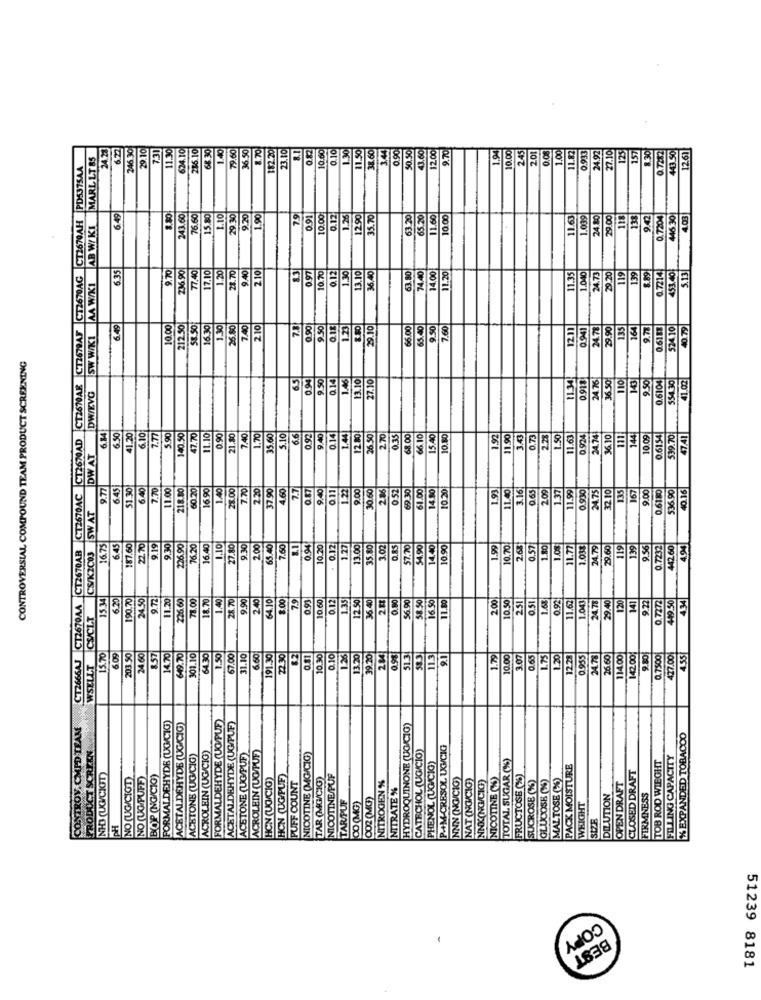
24.23
6.22
246 30
29.10
731
11.30
236.10
68 30
1.40
79.60
36.50
1.70
182.20
23.10
8.1
10.60
1.30
11.50
38.60
3.44
0.90
50.50
43.60
12.00
9.70
1.00
125
157
12.61
MARL LT 85
624.10
0.82
0.10
1.94
10.00
2.45
201
0.933
24 92
27.10
0.7212
443.50
CT2670AA_CT2670AB CT2670AC CT2670AD CT2670AE C12679AF C12670AG CT2670AH PD5375AA
6.49
243.60
6.60|
15.80
1.10
9.20
1.90
79
0.91
10.00
0.12
1.26
12.90
35.70
63.20
65.20
11.60
10.00
11.63
1.039
24.80
29.00
118
138
9.42
.7204
446 30
4.03
AA W/KI AB W/KI
6.35
9.70
236 90
77.40
7.10
1.20
9.40
2.10|
0.97
10.70
1.30
3.10
63.80
74.40
14.00
11.20
11.35
24.73
29.20
119
139
0.7214
453.40
5.13
0.12
36.40
1.040
8.89
6.49
0.00
212.50
58.50
6.30
1.30
26.80
7.40
210
7.3
0.90
9.50
0.18
1.23
29.10
$6.00
55.40
9.50
7.60
1211
0.941
24.78
9.90
135
164
9.78
0.6183
524.10
40.79
SW W/KI
CONTROVERSIAL COMPOUND TEAM PRODUCT SCREENING
65
0.94
9.50
Q.14
1.46
3.10
7.10
1.34
24 76
110
9.50
.6104
554.30
1.02
0.911
DW/EVG
6.14
6.50
6.10
7.40
12.80
41.20
7.77
5.90
40.50
47.70
11.10
0.90
21.80
1.70
35.60
5.10
6.6
0.92
9.40
0.14
1.44
26.50
2.70
0.35
68.00
66.10
15.40
10.80
1.92
11.90
3.43
0.73
2.28
1.50
1.63
0.924
34.74
36.10
111
144
10.09
0.6154
539.70
4741
DWAT
6.45
1.30
6.40
7.70
11.00
218.80
60.20
16 90
1.40
28.00
7.70
2.20
37.90
4.60
7.7
0.87
9:40
0.11
1.22
9.00
2.86
0.52
61.00
14.80
10.20
1.93
11.40
3.16
0.65
1.37
1.99
24.75
135
167
9.00
536 90
40.16
30.60
0.93
32 10
0.6180
CS/KIC03 SWAT
9.19
9.30
16.75
6.45
87.60
22.70
226.90
76.20
16.40
1.10
27.80
9.30
2.00
65.40
7.60
0.94
10.20
. 0.12
1.27
3.00
35.80
3.02
0.85
57.70
34,90
14.40
0.90
1.99
10.70
2.68
0.57
1.80
1.08
1.77
.03$
24.79
29.60
119
139
9.56
.7232
442.60
194
15.34
6.20
90.70
24.50
11.20
226.60
71.00
18.70
1.40
9.90
2.40
64.10
:00
7.9
0.93
10.60
0.12
1.35
12 50
2 88
0.80
56.90
58 50
16.50
11.80
2.00
10.50
2.51
0.51
1.68
0.92
1.62
1.043
24.78
29.40
120
141
0.7272
449.50
434
28.70
36 40
9:22
CS/CLT
CT2666AJ
15.70
6.09
203 50
24.60
857
14.70
$9.70
01.10
64.30
1.50
$7.00
31.10
6.60
191.30
22.30
82
0.81
10.30
0.10
1.26
13.20
9.20
2.84
0.95
513
11.3
9.1
1.79
10.00
3.07
0.65
1.75
1.20
0.955
4.78
26.60
14.00
142.00
9.50
0.7500
127.00
4.55
WSELLT
FORMALDEHYDE (UG/PUF)
CONTROY. CMPD TEAM
FORMALDEHYDE (UG/CIG)
ACETALDEHYDE (UG/CIG)
ACETALDEHYDE (UG/PUF)
HYDROQUINONE (UG/CIG)
%EXPANDED TOBACCO
PRODUCT SCREEN
ACROLEIN (UG/CIG)
ACROLEIN (UG/PUF)
CATECHOL (UG/CIO)
P++M-CRESOL UG/CIG
ACETONE (UG/CIG)
ACETONE (UG/PUF)
NICOTINE (MG/CIG)
TOTAL SUGAR (%)
TOB ROD WIEGHT
FILLING CAPACITY
PHENOL (UG/CIG)
PACK MOISTURE
NHOS (UG/CIGT)
NO (UG/CIGT)
NO (UG/PUFF)
BOP (NG/C10)
HCN (UG/CIG)
HON (UG/PUE)
PUFF COUNT
TAR (MG/CIG)
NICOTINE/PUF
NITROGEN %
NNN (NO/C10)
NAT (NO/CIG)
NNK(NG/CIG)
NICOTINE (S)
FRUCTOSE (%)
SUCROSE (1)
GLUCOSE (S)
MALTOSE (%)
CLOSED DRAFT
NITRATE %
OPEN DRAFT
TAR/PUF
CO (MG)
CO2 (MG)
DILUTION
FIRMNESS
WHIGHT
SIZE
PH
COPY
BEST
51239 8181